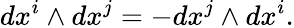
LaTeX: dx^{i}\wedge dx^{j}=-dx^{j}\wedge dx^{i}.